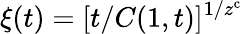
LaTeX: \xi(t)=[t/C(1,t)]^{1/z^{\mathrm{c}}}